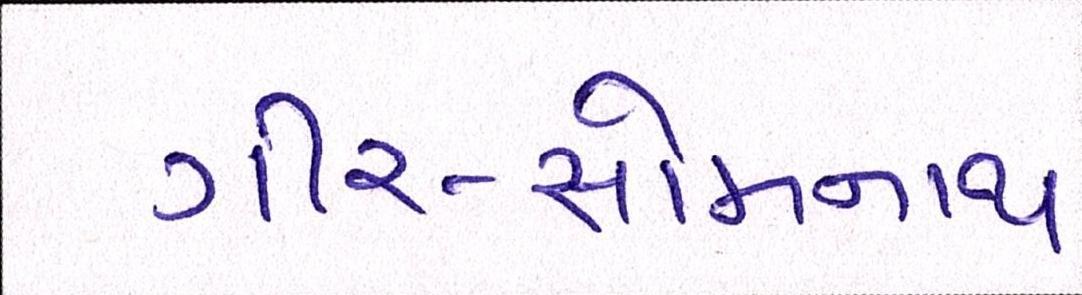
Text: ગીર-સોમનાથ